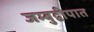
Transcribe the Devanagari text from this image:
जम्बुद्वीपात